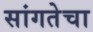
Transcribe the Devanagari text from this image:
सांगतेचा